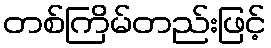
တစ်ကြိမ်တည်းဖြင့်